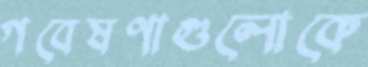
গবেষণাগুলোকে